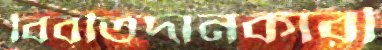
বিবৃতিদানকারী